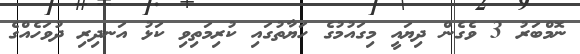
ނޮމްބަރު 3 ވެގެން ދިޔައީ މިގައުމުގެ ހަޔާތުގައި ކުރިމަތިވި ކަޅު އަނދިރި ދުވަހެއްގެ